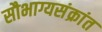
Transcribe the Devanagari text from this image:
सौभाग्यसंक्रांत